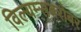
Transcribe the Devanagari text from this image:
विल्यम्सबरोबर